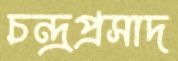
চন্দ্রপ্রসাদ